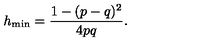
h _ { \mathrm { \scriptsize m i n } } = \frac { 1 - ( p - q ) ^ { 2 } } { 4 p q } .